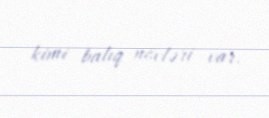
kimi balıq növləri var.